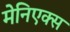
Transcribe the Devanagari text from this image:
मेनिएक्स